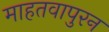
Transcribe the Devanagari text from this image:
माहतवापुरन